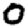
Digit: 0